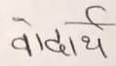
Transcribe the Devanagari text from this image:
वोदार्थ